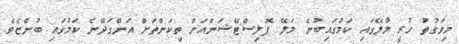
މިވަގުތު ހުރީ މާލޭގައި ކަމުގައިބުނެ މަލޭ ޕޮލިސްޓޭޝަންއަށް ތިކަންތަށް އަންގަދޭނެ ކަމުގައި ބުންޏެވެ.